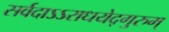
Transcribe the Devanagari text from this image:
सर्वदाऽऽराधयेद्गुरुम्